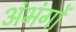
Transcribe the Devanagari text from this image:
अंभंगों